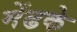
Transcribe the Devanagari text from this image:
मेंढके